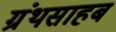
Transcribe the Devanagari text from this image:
ग्रंथसाहब